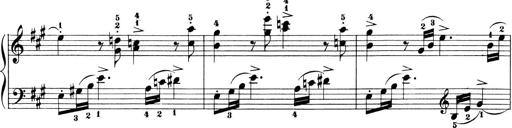
Title: 6 Piano Sonatinas
Composer: Cornelius Gurlitt